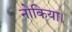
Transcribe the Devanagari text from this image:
नोकिया।